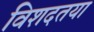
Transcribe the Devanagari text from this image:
विशदतया